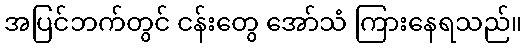
အပြင်ဘက်တွင် ငန်းတွေ အော်သံ ကြားနေရသည်။